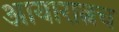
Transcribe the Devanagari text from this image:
आयारात्नच